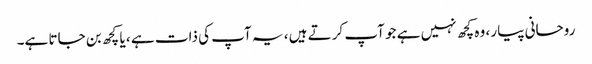
روحانی پیار ، وہ کچھ نہیں ہے جو آپ کرتے ہیں ، یہ آپ کی ذات ہے ، یا کچھ بن جاتا ہے۔